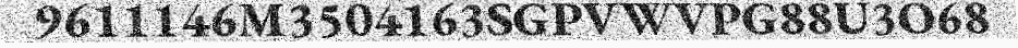
9611146M3504163SGPVWVPG88U3O68